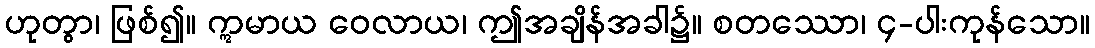
ဟုတွာ၊ ဖြစ်၍။ ဣမာယ ဝေလာယ၊ ဤအချိန်အခါ၌။ စတဿော၊ ၄-ပါးကုန်သော။